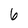
Character: 6